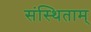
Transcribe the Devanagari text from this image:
संस्थिताम्‌